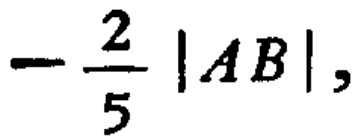
\(-\frac{2}{5} \vert AB \vert,\)